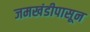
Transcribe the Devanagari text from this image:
जमखंडीपासून